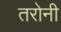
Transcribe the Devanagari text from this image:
तरोनी